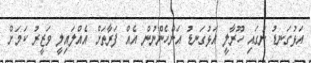
އަޅުގަނޑު ނަގައި ހޫރާލީ އަޅުގަނޑު އަންހެންނުން އެއް ފަރާތަށް އެއްލައިލީ ވަޒީރު ކަމަށް